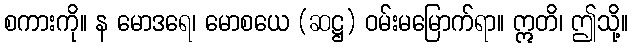
စကားကို။ န မောဒရေ၊ မောစယေ (ဆဋ္ဌ) ဝမ်းမမြောက်ရာ။ ဣတိ၊ ဤသို့။